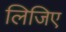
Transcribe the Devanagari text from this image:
लिजिए